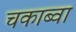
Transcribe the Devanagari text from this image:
चकाब्वा